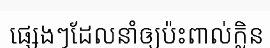
ផ្សេងៗដែលនាំឲ្យប៉ះពាល់ក្លិន